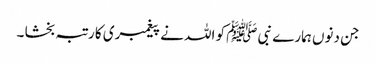
جن دنوں ہمارے نبی ﷺ کو اللہ نے پیغمبری کا رتبہ بخشا ۔